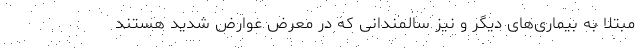
مبتلا به بیماری‌های دیگر و نیز سالمندانی که در معرض عوارض شدید هستند